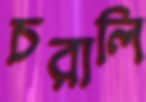
চরালি